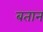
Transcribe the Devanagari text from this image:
बतान